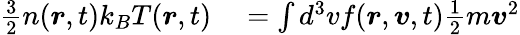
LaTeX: \begin{array}{rl}{\frac{3}{2}n(\boldsymbol{r},t)k_{B}T(\boldsymbol{r},t)}&{{}=\int d^{3}vf(\boldsymbol{r},\boldsymbol{v},t)\frac{1}{2}m\boldsymbol{v}^{2}}\end{array}